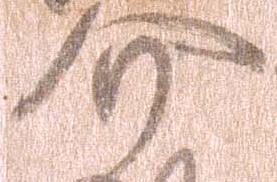
介